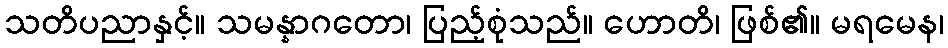
သတိပညာနှင့်။ သမန္နာဂတော၊ ပြည့်စုံသည်။ ဟောတိ၊ ဖြစ်၏။ မရမေန၊